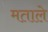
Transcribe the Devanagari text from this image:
मताले